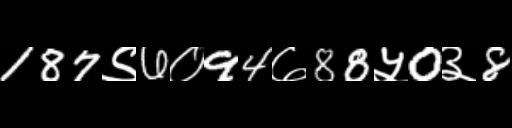
Text: 187९6०94७88५0३8